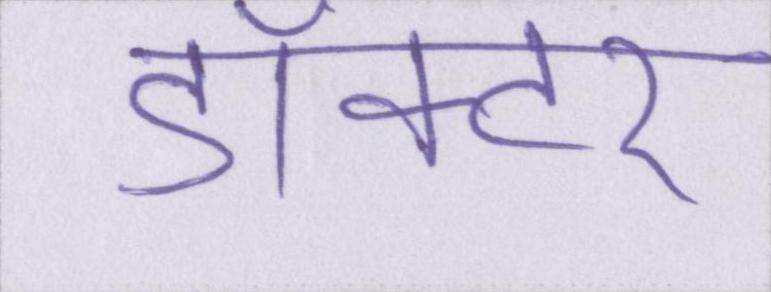
डॉक्टर